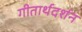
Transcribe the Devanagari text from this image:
गीतार्थदर्शन